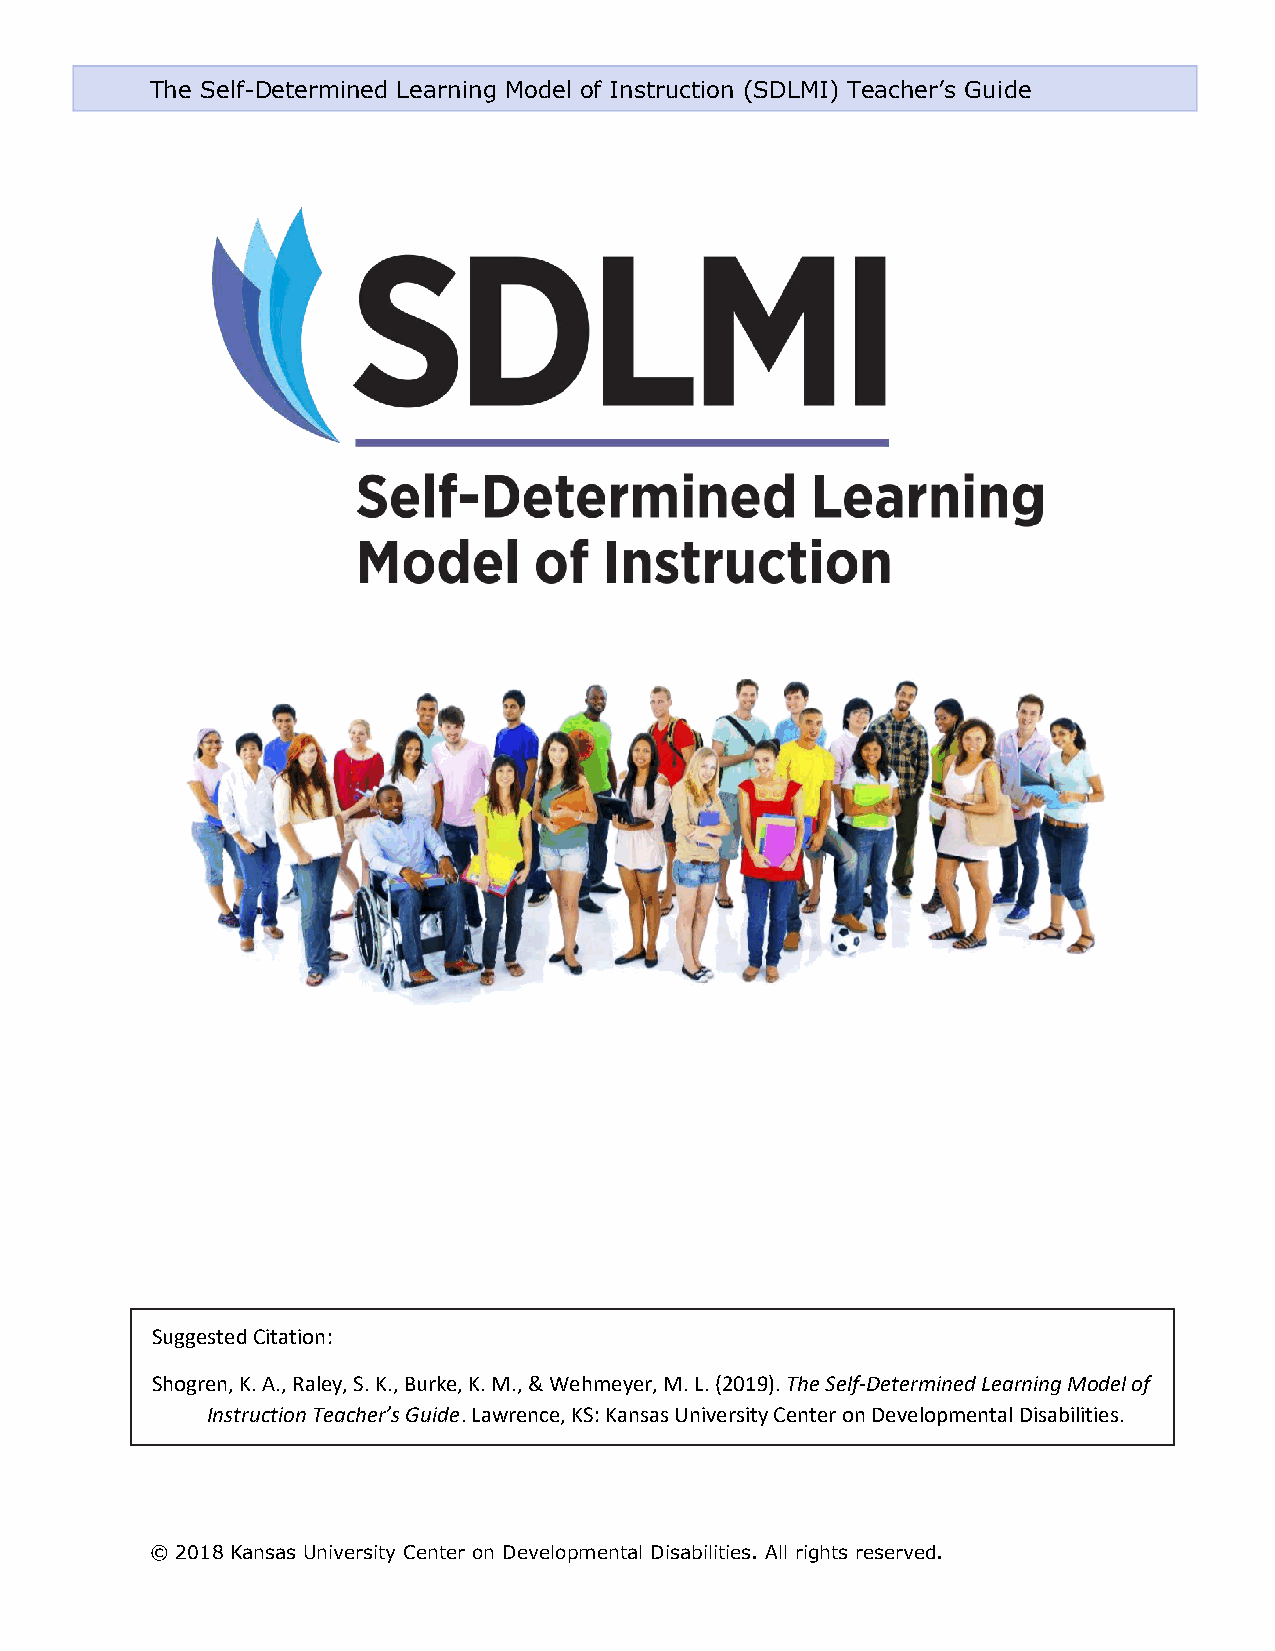
The Self-Determined Learning Model of Instruction (SDLMI) Teacher’s Guide
 Suggested Citation:
 Shogren, K. A., Raley, S. K., Burke, K. M., & Wehmeyer, M. L. (2019). The Self-Determined Learning Model of
 Instruction Teacher’s Guide. Lawrence, KS: Kansas University Center on Developmental Disabilities.
 © 2018 Kansas University Center on Developmental Disabilities. All rights reserved.